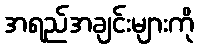
အရည်အချင်းများကို